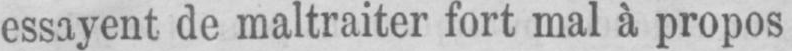
de maltraiter fort mal à propos